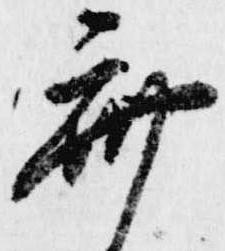
齋